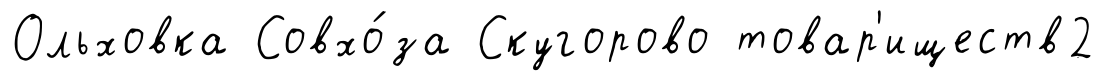
Ольховка Совхо́за Скугорово товар'иществ2